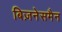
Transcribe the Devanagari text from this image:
बिज़नेसमैन